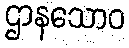
ဌာနသောဝ